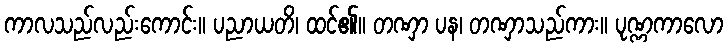
ကာလသည်လည်းကောင်း။ ပညာယတိ၊ ထင်၏။ တဏှာ ပန၊ တဏှာသည်ကား။ ပုဏ္ဏကာလော